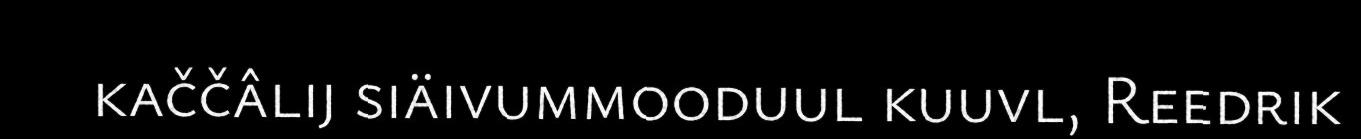
kaččâlij siäivummooduul kuuvl, Reedrik